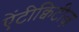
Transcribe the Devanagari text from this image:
ऐंटीक्विटीज़